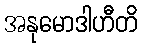
အနုမောဒါဟီတိ